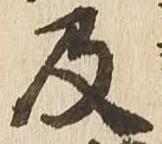
及